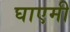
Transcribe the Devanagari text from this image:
घाएमी